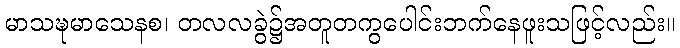
မာသဍ္ဎမာသေနစ၊ တလလခွဲ၌အတူတကွပေါင်းဘက်နေဖူးသဖြင့်လည်း။